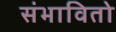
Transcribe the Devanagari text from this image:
संभावितो